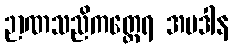
ဉာဏသညိကတ္ထေရ အပဒါန